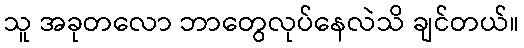
သူ အခုတလော ဘာတွေလုပ်နေလဲသိ ချင်တယ်။